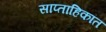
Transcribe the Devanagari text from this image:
साप्ताहिकांत